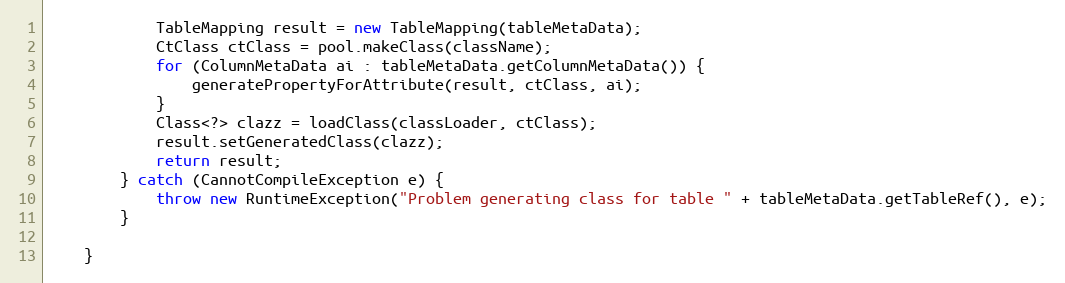
Language: Java
            TableMapping result = new TableMapping(tableMetaData);
            CtClass ctClass = pool.makeClass(className);
            for (ColumnMetaData ai : tableMetaData.getColumnMetaData()) {
                generatePropertyForAttribute(result, ctClass, ai);
            }
            Class<?> clazz = loadClass(classLoader, ctClass);
            result.setGeneratedClass(clazz);
            return result;
        } catch (CannotCompileException e) {
            throw new RuntimeException("Problem generating class for table " + tableMetaData.getTableRef(), e);
        }

    }